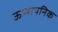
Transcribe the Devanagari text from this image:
ऊष्मायनिक